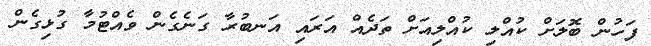
ފަހުން ބޮލަށް ކުއްލި ކުއްލިއަށް ތަދެއް އަރައި އަނބުރާ ގަނެގެން ވެއްޓުމާ ގުޅިގެން